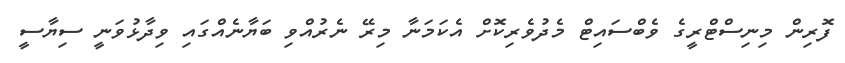
ފޮރިން މިނިސްޓްރީގެ ވެބްސައިޓް މެދުވެރިކޮށް އެކަމަނާ މިރޭ ނެރުއްވި ބަޔާނެއްގައި ވިދާޅުވަނީ ސިޔާސީ